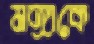
মঙ্গাকে